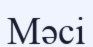
Мәсі